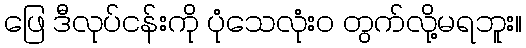
ဖြေ ဒီလုပ်ငန်းကို ပုံသေလုံးဝ တွက်လို့မရဘူး။